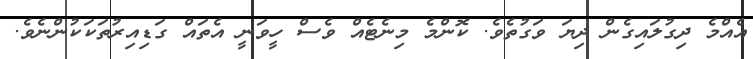
އެއްމެ ދިގުލައިގެން ދިޔަ ވަގުތެވެ. ކޮންމެ މިނެޓެއް ވެސް ހީވަނީ އެތައް ގަޑިއިރުތަކަކުންނެވެ.